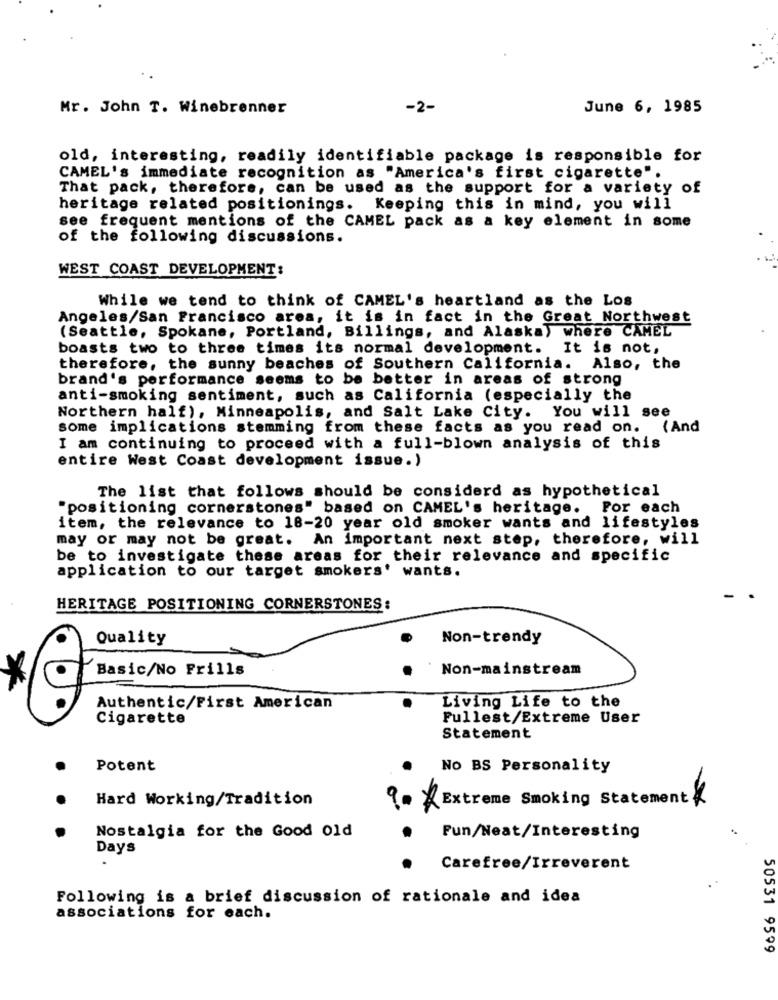
Mr. John T. Winebrenner
-2-
June 6, 1985
old, interesting, readily identifiable package is responsible for
CAMEL's immediate recognition as "America's first cigarette".
That pack, therefore, can be used as the support for a variety of
heritage related positionings. Keeping this in mind, you will
see frequent mentions of the CAMEL pack as a key element in some
of the following discussions.
WEST COAST DEVELOPMENT:
While we tend to think of CAMEL's heartland as the Los
Angeles/San Francisco area, it is in fact in the Great Northwest
(Seattle, Spokane, Portland, Billings, and Alaska) where CAMEL
boasts two to three times its normal development. It is not,
therefore, the sunny beaches of Southern California. Also, the
brand's performance seems to be better in areas of strong
anti-smoking sentiment, such as California (especially the
Northern half), Minneapolis, and Salt Lake City. You will see
some implications stemming from these facts as you read on.
( And
I am continuing to proceed with a full-blown analysis of this
entire West Coast development issue.)
The list that follows should be considerd as hypothetical
"positioning cornerstones" based on CAMEL's heritage.
Por each
item, the relevance to 18-20 year old smoker wants and lifestyles
may or may not be great. An important next step, therefore, will
be to investigate these areas for their relevance and specific
application to our target smokers' wants.
HERITAGE POSITIONING CORNERSTONES:
Quality
Non-trendy
Basic/No Frills
Non-mainstream
Authentic/First American
Living Life to the
Cigarette
Fullest/Extreme User
Statement
Potent
No BS Personality
Hard Working/Tradition
?- Extreme Smoking Statement
Nostalgia for the Good old
Fun/Neat/Interesting
Days
Carefree/Irreverent
Following is a brief discussion of rationale and idea
associations for each.
50531 959